Lunatic asylums in Bengal annual reports 1912-1924 - 1912-1924
Year: 1912
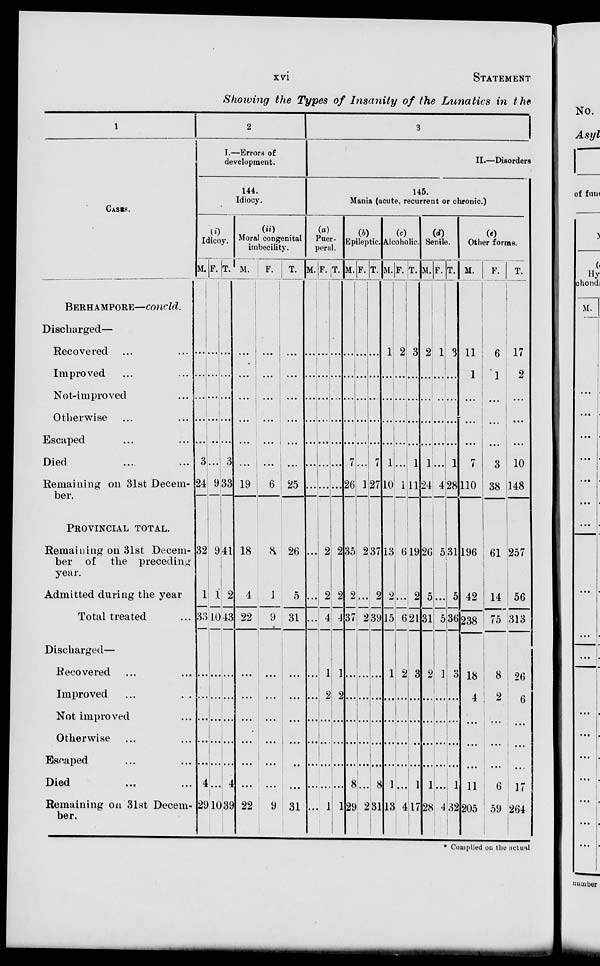
xvi
STATEMENT
Showing the Types of Insanity of the Lunatics in the
1
CASES.
BERHAMPORE—concld.
Discharged—
Recovered ... ...
Improved ... ...
Not-improved ...
Otherwise ... ...
Escaped ... ...
Died ... ...
Remaining on 31st Decem-
ber.
PROVINCIAL
TOTAL.
Remaining on 31st Decem-
ber of the preceding
year.
Admitted during the year
Total treated ...
Discharged—
Recovered ... ...
Improved ... ...
Not improved ...
Otherwise ... ...
Escaped ... ...
Died ... ...
Remaining on 31st Decem-
ber.
2
I.—Errors of
development.
144.
Idiocy.
(i)
Idicoy.
M.
...
...
...
...
...
3
24
32
1
33
...
...
...
...
...
4
29
F.
...
...
...
...
...
...
9
9
1
10
...
...
...
...
...
...
10
T.
...
...
...
...
...
3
33
41
2
43
...
...
...
...
...
4
39
(ii)
Moral congenital
imbecility. M.
...
...
...
...
...
...
19
18
4
22
...
...
...
...
...
...
22
F.
...
...
...
...
...
...
6
8
1
9
...
...
...
...
...
...
9
T.
...
...
...
...
...
...
25
26
5
31
...
...
...
...
...
...
31
3
II.—Disorders
145.
Mania (acute, recurrent or chronic.)
(a)
Puer-
peral.
M.
...
...
...
...
...
...
...
...
...
...
...
...
...
...
...
...
...
F.
...
...
...
...
...
...
...
2
2
4
1
2
...
...
...
...
1
T.
...
...
...
...
...
...
...
2
2
4
1
2
...
...
...
...
1
(b)
Epileptic.
M.
...
...
...
...
...
7
26
35
2
37
...
...
...
...
...
8
29
F.
...
...
...
...
...
...
1
2
...
2
...
...
...
...
...
...
2
T.
...
...
...
...
...
7
27
37
2
39
...
...
...
...
...
8
31
(c)
Alcoholic.
M.
1
...
...
...
...
1
10
13
2
15
1
...
...
...
...
1
13
F.
2
...
...
...
...
...
1
6
...
6
2
...
...
...
...
...
4
T.
3
...
...
...
...
1
11
19
2
21
3
...
...
...
...
1
17
(d)
Senile.
M.
2
...
...
...
...
1
24
26
5
31
2
...
...
...
...
1
28
F.
1
...
...
...
...
...
4
5
...
5
1
...
...
...
...
...
4
T.
3
...
...
...
...
1
28
31
5
36
3
...
...
...
...
1
32
(e)
Other forms.
M.
11
1
...
...
...
7
110
196
42
238
18
4
...
...
...
11
205
F.
6
1
...
...
...
3
38
61
14
75
8
2
...
...
...
6
59
T.
17
2
...
...
...
10
148
257
56
313
26
6
...
...
...
17
264
* Compiled on the actual